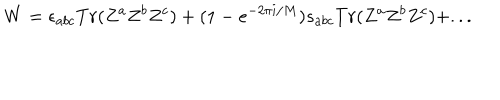
LaTeX: W = \epsilon _ { a b c } T r ( Z ^ { a } Z ^ { b } Z ^ { c } ) + ( 1 - e ^ { - 2 \pi i / M } ) s _ { a b c } T r ( Z ^ { a } Z ^ { b } Z ^ { c } ) + . . .